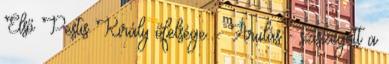
Első Pestis Király őfelsége. - Árulás - sziszegett a